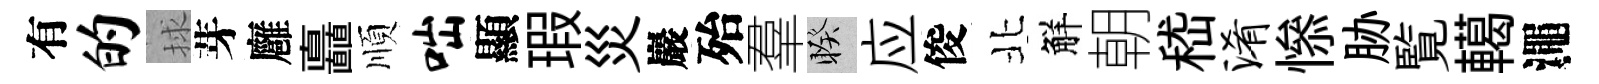
有的捄芽廱矗順咄顯瑕災巖殆羣睽应俊北觧朝嵇淆𢡖胁覧轕澠